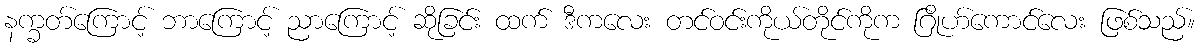
နက္ခတ်ကြောင့် ဘာကြောင့် ညာကြောင့် ဆိုခြင်း ထက် ဒီကလေး တင်ဝင်းကိုယ်တိုင်ကိုက ဂြိုဟ်ကောင်လေး ဖြစ်သည်။